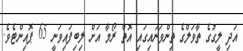
އަދި ލީގުގެ ތާވަލްގެ ތިންވަނައިގައި އޮތް ރޯމާ އަށް ލިބިފައިވަނީ 65 ޕޮއިންޓެވެ.